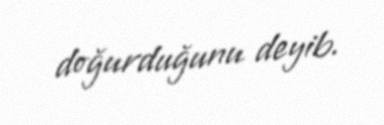
doğurduğunu deyib.